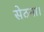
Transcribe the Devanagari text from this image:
सेठना।